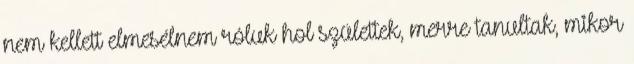
nem kellett elmesélnem róluk hol születtek, merre tanultak, mikor